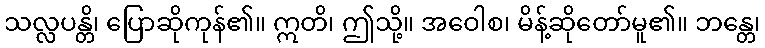
သလ္လပန္တိ၊ ပြောဆိုကုန်၏။ ဣတိ၊ ဤသို့။ အဝေါစ၊ မိန့်ဆိုတော်မူ၏။ ဘန္တေ၊